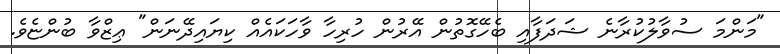
"މަންމަ ސުވާލުކުރާނެ ޝަދަފާއި ބެހޭގޮތުން އޭރުން ހުރިހާ ވާހަކައެއް ކިޔައިދޭނަން" ޢިޒްވާ ބުންޏެވެ.